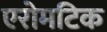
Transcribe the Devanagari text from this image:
एरोमटिक